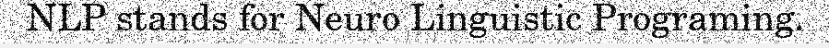
NLP stands for Neuro Linguistic Programing.